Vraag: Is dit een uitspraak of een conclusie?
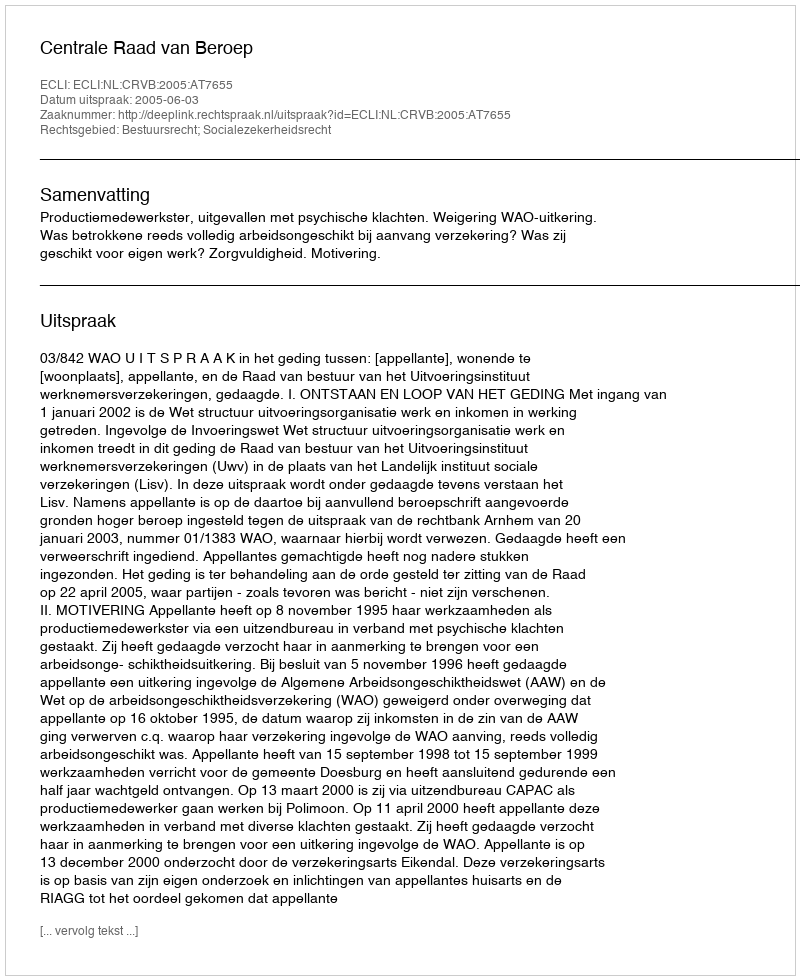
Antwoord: Uitspraak